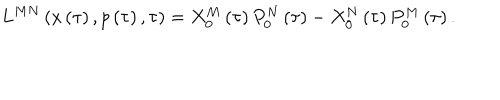
LaTeX: L ^ { M N } \left( x \left( \tau \right) , p \left( \tau \right) , \tau \right) = X _ { 0 } ^ { M } \left( \tau \right) P _ { 0 } ^ { N } \left( \tau \right) - X _ { 0 } ^ { N } \left( \tau \right) P _ { 0 } ^ { M } \left( \tau \right) .